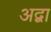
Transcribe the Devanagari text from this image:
अद्वा